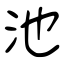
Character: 池